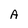
Character: A